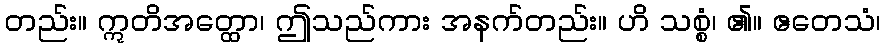
တည်း။ ဣတိအတ္ထော၊ ဤသည်ကား အနက်တည်း။ ဟိ သစ္စံ၊ ၏။ ဧတေသံ၊